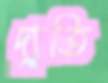
দ্যুতি